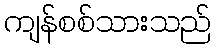
ကျန်စစ်သားသည်